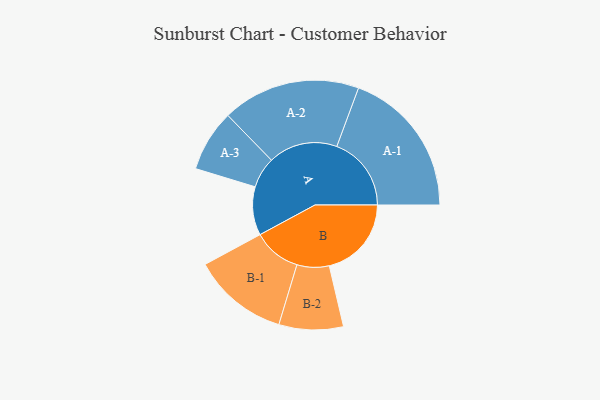
{"axis": {"x": "Segment", "y": "Value"}, "legend": ["", "A", "B"], "data": [{"x": "A", "y": 190, "type": ""}, {"x": "B", "y": 322, "type": ""}, {"x": "A-1", "y": 292, "type": "A"}, {"x": "A-2", "y": 271, "type": "A"}, {"x": "A-3", "y": 121, "type": "A"}, {"x": "B-1", "y": 188, "type": "B"}, {"x": "B-2", "y": 126, "type": "B"}]}